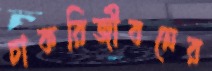
চাকরিজীবনের